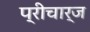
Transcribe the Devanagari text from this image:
प्रीचार्ज